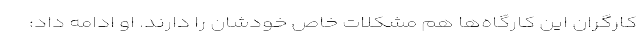
کارگران این کارگاه‌ها هم مشکلات خاص خودشان را دارند. او ادامه داد: